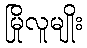
မြိုလူမျိုး